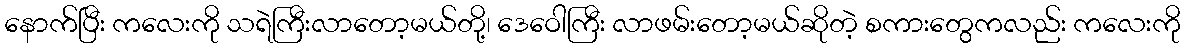
နောက်ပြီး ကလေးကို သရဲကြီးလာတော့မယ်တို့၊ ဒေဝေါကြီး လာဖမ်းတော့မယ်ဆိုတဲ့ စကားတွေကလည်း ကလေးကို